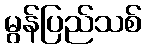
မွန်ပြည်သစ်